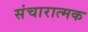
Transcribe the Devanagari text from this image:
संचारात्मक